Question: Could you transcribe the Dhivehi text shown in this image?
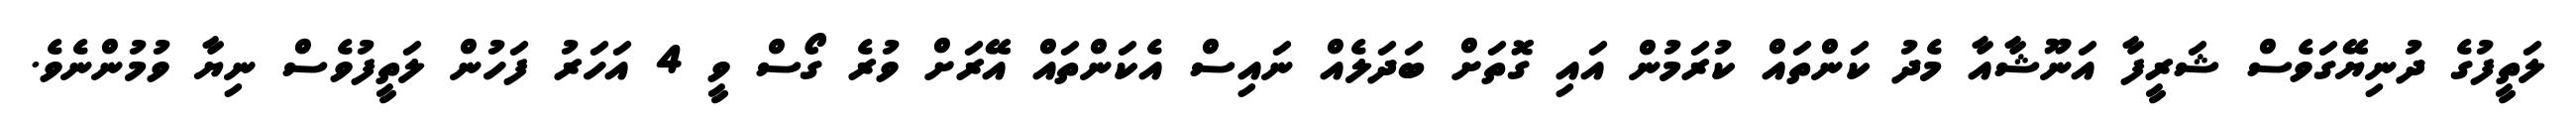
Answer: ލަތީފުގެ ދުނިޔޭގަވެސް ޝަރީފާ އަނޫޝާއާ މެދު ކަންތައް ކުރަމުން އައި ގޮތަށް ބަދަލެއް ނައިސް އެކަންތައް އޭރަށް ވުރެ ގޯސް ވީ 4 އަހަރު ފަހުން ލަތީފުވެސް ނިޔާ ވުމުންނެވެ.